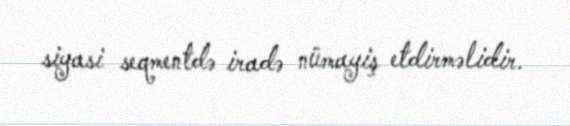
siyasi seqmentdə iradə nümayiş etdirməlidir.